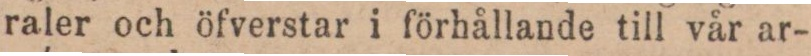
raler och öfverstar i förhållande till vår ar-